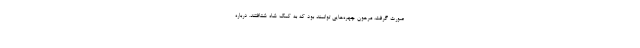
صورت گرفت، مرهون چهره‌هایی توانمند بود که به کمک شاه شتافتند. درباره